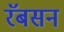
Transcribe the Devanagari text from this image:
रॅबसन